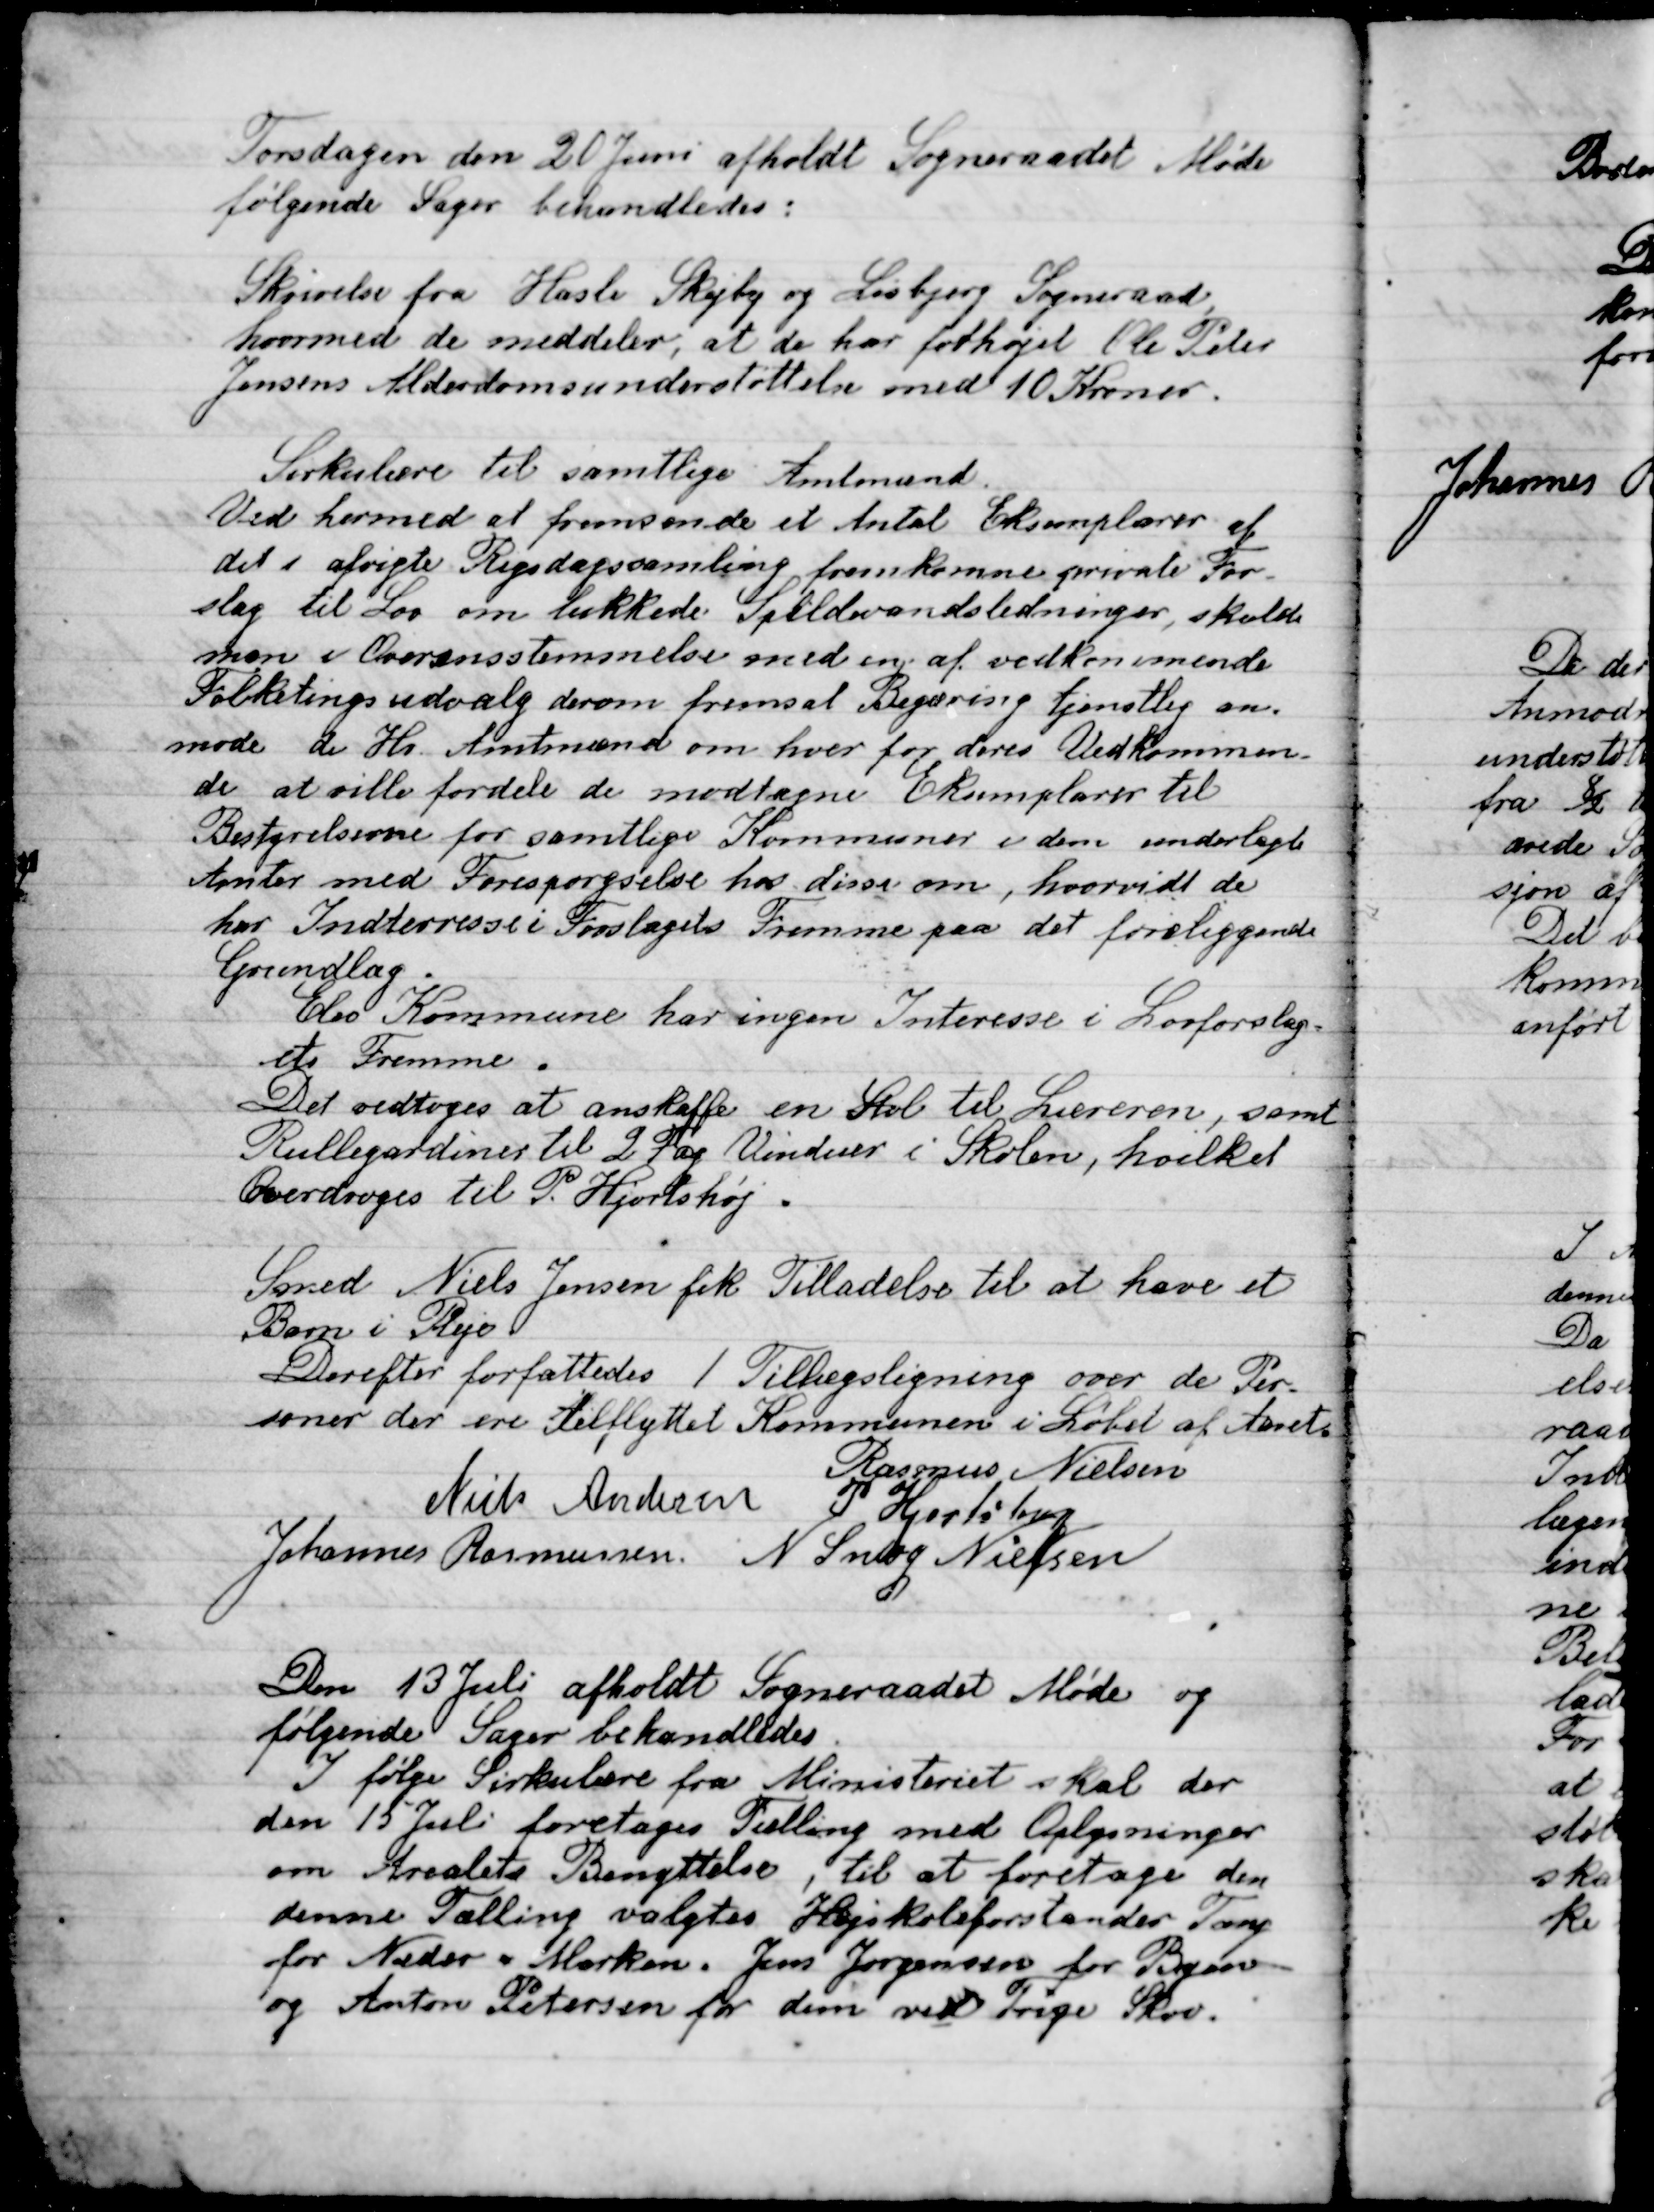
Transskription:
Torsdagen den 20 Juni afholdt Sogneraadet Møde
Følgende Sager behandledes;

Skrivelse fra Hasle Skejby og Lisbjerg Sogneraad
hvormed de meddeler; at de har forhøjet Ole Peter
Jensens Alderdom understøttelse med 10 Kroner.

Skrivelse til samtlige Amtmænd.
Ved hermed at fremsende et Antal Eksemplarer af
det i afvigte Rigsdagssamling fremkomne private For-
slag til Lov om lukkede Spildevansledninger, skulde
man i Overensstemmelse med en af vedkommende
Folketings udvalg derom fremsat Regning tjenstlig om
møde de Hr. Amtmænd om hver for deres Vedkommen-
de at ville fordele de modtagne Eksemplarer til
Bestyrelserne for samtlige Kommuner i dem underlagt
Amter med Forespørgsel har disse om, hvorvidt de
har Interesse i Forslaget Fremme paa det foreliggende
Grundlag.
Elev Kommune har ingen Interesse i Lovforslag-
ets Fremme.

Det vedtoges at anskaffe en Stol til Lærerne, samt
Rullegardiner til 2 Fag Vinduer i Skolen hvilket
Overdroges til P. Hjortshøj.

Smed Niels Jensen fik Tilladelse til at have et
Barn i Pleje.

Derefter forfattedes 1 Tillægsligning over de Per-
Soner der ere Tilflyttet Kommunen i Løbet af Aarets

Rasmus Nielsen
Niels Andersen
P. Hjortshøj
Johannes Rasmussen
N. Snog Nielsen

Den 13 Juli afholdt Sogneraadet Møde og
Følgende Sager behandledes.

Ifølge Sirkulære fra Ministeriet skal der
Den 15 Juli foretages Tælling med Oplysninger
om Arealets Benyttelse, til at foretage den
denne Tælling valgtes Højskoleforstander Tang
for Neder Marken. Jens Jørgensen for Byen
 og Anton Petersen for dem ved Trige Skov.